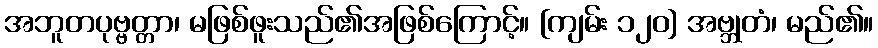
အဘူတပုဗ္ဗတ္တာ၊ မဖြစ်ဖူးသည်၏အဖြစ်ကြောင့်။ [ကျမ်း ၁၂၀] အဗ္ဘုတံ၊ မည်၏။